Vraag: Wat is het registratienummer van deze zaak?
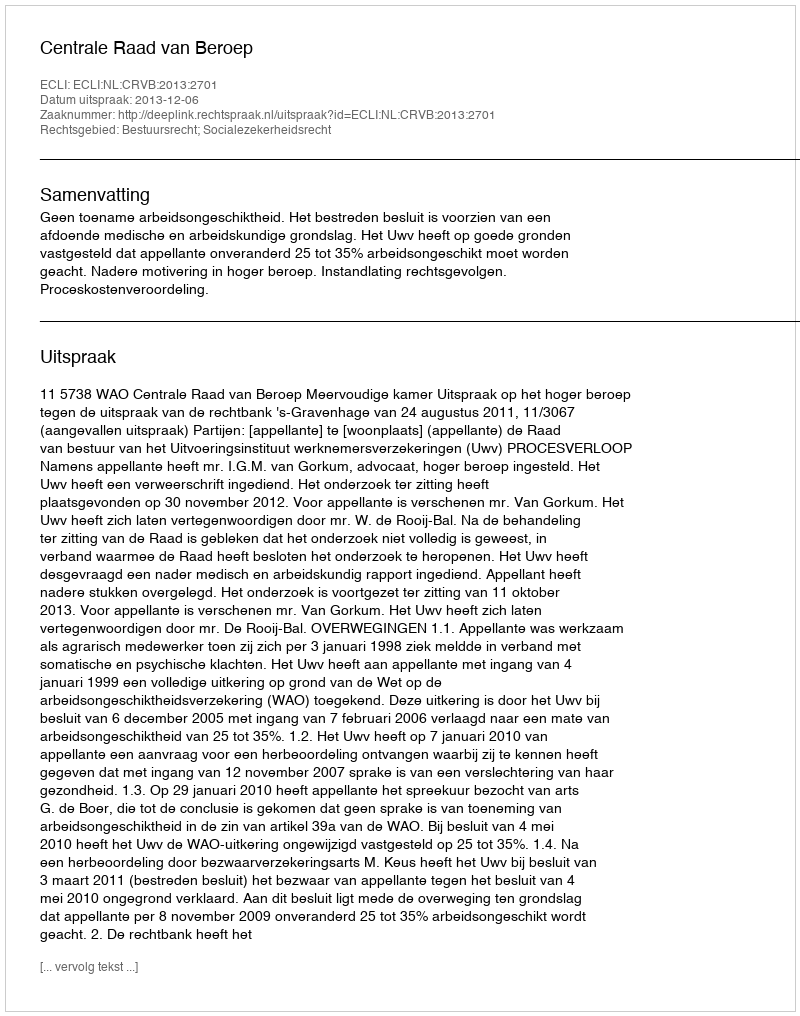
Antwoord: http://deeplink.rechtspraak.nl/uitspraak?id=ECLI:NL:CRVB:2013:2701